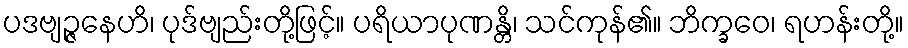
ပဒဗျဉ္ဇနေဟိ၊ ပုဒ်ဗျည်းတို့ဖြင့်။ ပရိယာပုဏန္တိ၊ သင်ကုန်၏။ ဘိက္ခဝေ၊ ရဟန်းတို့။